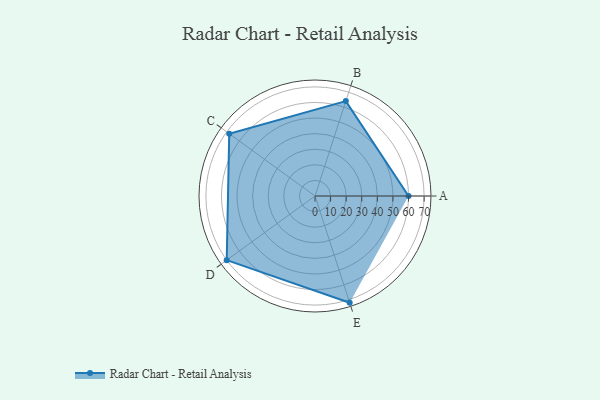
{"axis": {"x": "Skill", "y": "Score"}, "legend": ["Profile"], "data": [{"x": "A", "y": 60.0, "type": "Profile"}, {"x": "B", "y": 64.0, "type": "Profile"}, {"x": "C", "y": 68.0, "type": "Profile"}, {"x": "D", "y": 70.0, "type": "Profile"}, {"x": "E", "y": 72.0, "type": "Profile"}]}